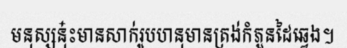
មនុស្សនុ៎ះមានសាក់រូបហនុមានត្រង់កំភួនដៃឆ្វេង។